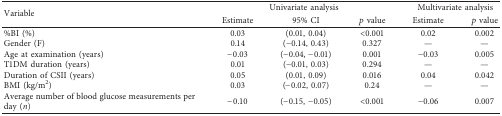
| <ROWSPAN=2> Variable | <COLSPAN=3> Univariate analysis | <COLSPAN=2> Multivariate analysis |
 | Estimate | 95% CI | p value | Estimate | p value |
 | --- | --- | --- | --- | --- | --- |
 | %BI (%) | 0.03 | (0.01, 0.04) | <0.001 | 0.02 | 0.002 |
 | Gender (F) | 0.14 | (−0.14, 0.43) | 0.327 | — | — |
 | Age at examination (years) | −0.03 | (−0.04, −0.01) | 0.001 | −0.03 | 0.005 |
 | T1DM duration (years) | 0.01 | (−0.01, 0.03) | 0.294 | — | — |
 | Duration of CSII (years) | 0.05 | (0.01, 0.09) | 0.016 | 0.04 | 0.042 |
 | BMI (kg/m2) | 0.03 | (−0.02, 0.07) | 0.24 | — | — |
 | Average number of blood glucose measurements per day (n) | −0.10 | (−0.15, −0.05) | <0.001 | −0.06 | 0.007 |